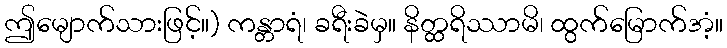
ဤမျောက်သားဖြင့်။) ကန္တာရံ၊ ခရီးခဲမှ။ နိတ္ထရိဿာမိ၊ ထွက်မြောက်အံ့။